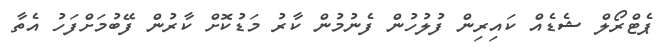
ޕެޓްރޯލް ޝެޑެއް ކައިރިން ފުލުހުން ފެނުމުން ކާރު މަޑުކޮށް ކާރުން ފޭބުމަށްފަހު އެތާ